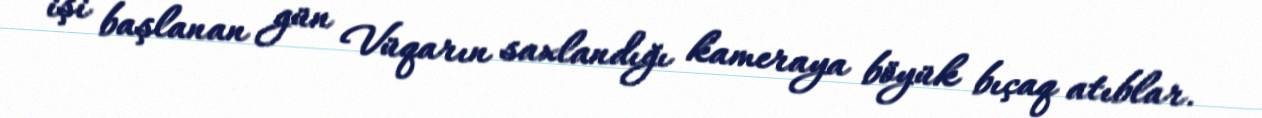
işi başlanan gün Vüqarın saxlandığı kameraya böyük bıçaq atıblar.